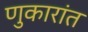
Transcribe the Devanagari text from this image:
णुकारांत